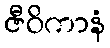
ဇီဝိကာနံ